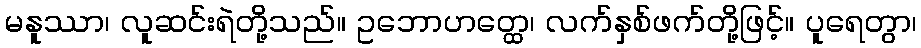
မနူဿာ၊ လူဆင်းရဲတို့သည်။ ဥဘောဟတ္ထေ၊ လက်နှစ်ဖက်တို့ဖြင့်။ ပူရေတွာ၊